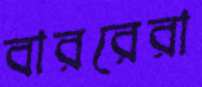
বাররেরা